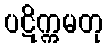
ပဋိက္ကမတု